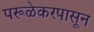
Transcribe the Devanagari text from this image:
परूळेकरपासून